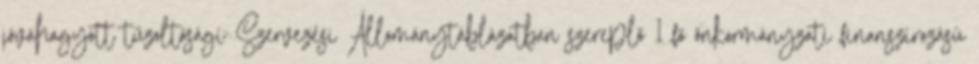
jóváhagyott tűzoltósági Szervezési Állománytáblázatban szereplő 1 fő önkormányzati finanszírozású